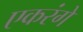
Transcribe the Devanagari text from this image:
एकरंगे